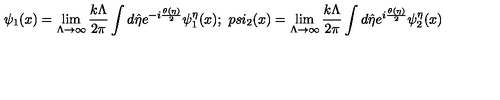
\psi _ { 1 } ( x ) = \lim _ { \Lambda \rightarrow \infty } \frac { k \Lambda } { 2 \pi } \int d \hat { \eta } e ^ { - i \frac { \theta ( \eta ) } { 2 } } \psi _ { 1 } ^ { \eta } ( x ) ; \ p s i _ { 2 } ( x ) = \lim _ { \Lambda \rightarrow \infty } \frac { k \Lambda } { 2 \pi } \int d \hat { \eta } e ^ { i \frac { \theta ( \eta ) } { 2 } } \psi _ { 2 } ^ { \eta } ( x )